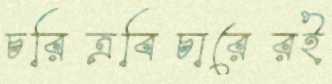
চরিত্রবিচারেরই